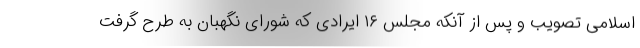
اسلامی تصویب و پس از آنکه مجلس ۱۶ ایرادی که شورای نگهبان به طرح گرفت